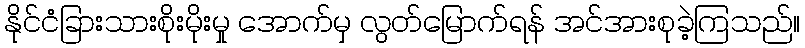
နိုင်ငံခြားသားစိုးမိုးမှု အောက်မှ လွတ်မြောက်ရန် အင်အားစုခဲ့ကြသည်။